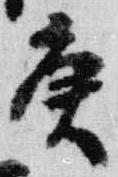
庚